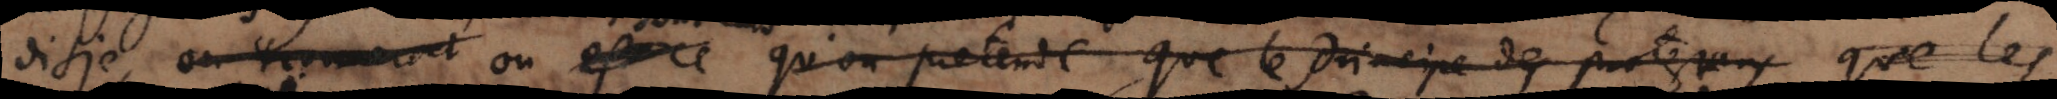
disje ou qu’on pretend que le principe des protestans que les